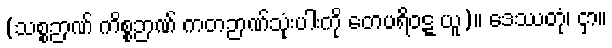
(သစ္စဉာဏ် ကိစ္စဉာဏ် ကတဉာဏ်သုံးပါးကို တေပရိဝဋ္ဋ ယူ)။ ဒေဿတုံ၊ ငှာ။